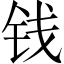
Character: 钱